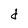
Character: d